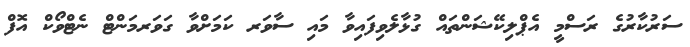
ސަރުކާރުގެ ރަސްމީ އެޕްލިކޭޝަންތައް ގުޅާލެވިފައިވާ މައި ސާވަރ ކަމަށްވާ ގަވަރމަންޓް ނެޓްވޯކް އޮފް